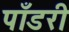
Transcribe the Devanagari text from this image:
पाँडरी